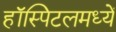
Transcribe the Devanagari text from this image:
हॉस्पिटलमध्यें